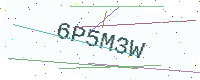
Text: 6P5M3W